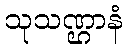
သုသဏ္ဌာနံ